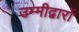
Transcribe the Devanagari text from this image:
उम्मीद्वारों